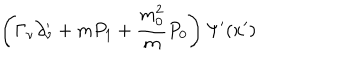
LaTeX: \left( \Gamma _ { \nu } \partial _ { \nu } ^ { \prime } + m P _ { 1 } + \frac { m _ { 0 } ^ { 2 } } { m } P _ { 0 } \right) \Psi ^ { \prime } ( x ^ { \prime } )